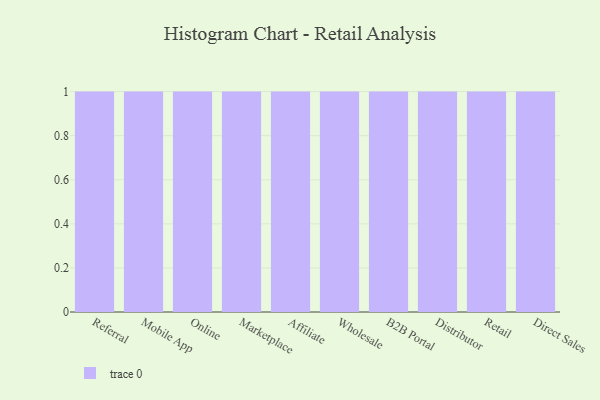
{"axis": {"x": "Channel", "y": "Bounce Rate (%)"}, "legend": [""], "data": [{"x": "Referral", "y": 86, "type": ""}, {"x": "Mobile App", "y": 73, "type": ""}, {"x": "Online", "y": 2, "type": ""}, {"x": "Marketplace", "y": 72, "type": ""}, {"x": "Affiliate", "y": 73, "type": ""}, {"x": "Wholesale", "y": 35, "type": ""}, {"x": "B2B Portal", "y": 63, "type": ""}, {"x": "Distributor", "y": 31, "type": ""}, {"x": "Retail", "y": 77, "type": ""}, {"x": "Direct Sales", "y": 45, "type": ""}]}